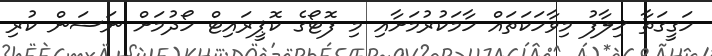
ހަގީގަތާ ޚިލާފު މިވާހަކަތައް ހާމަކުރުމަށާއި މި ފޮޓޯގެ ކޮޕީރައިޓް ހޯދުމަށް ނަސަން ކުރި